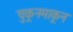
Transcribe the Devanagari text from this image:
चुकूनमाकून